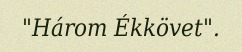
"Három Ékkövet".